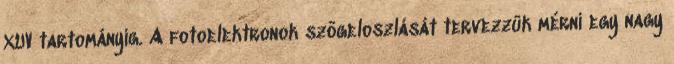
XUV tartományig. A fotoelektronok szögeloszlását tervezzük mérni egy nagy